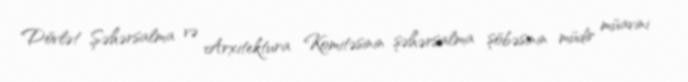
Dövlət Şəhərsalma və Arxitektura Komitəsinin şəhərsalma şöbəsinin müdir müavini